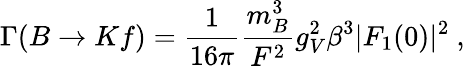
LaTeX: \Gamma(B\to Kf)=\frac{1}{16\pi}\frac{m_{B}^{3}}{F^{2}}g_{V}^{2}\beta^{3}|F_{1}(0)|^{2}\ ,